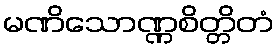
မဏိသောဏ္ဏစိတ္တိတံ